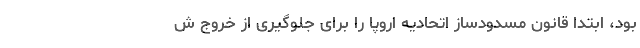
بود، ابتدا قانون مسدودساز اتحادیه اروپا را برای جلوگیری از خروج ش